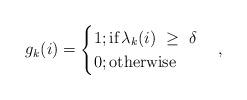
LaTeX: \begin{align*} g_k(i)=\begin{cases} 1; \textrm{if} \, \lambda_k(i) \ \geq \ \delta \\ 0; \textrm{otherwise}\\ \end{cases},\end{align*}